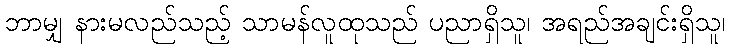
ဘာမျှ နားမလည်သည့် သာမန်လူထုသည် ပညာရှိသူ၊ အရည်အချင်းရှိသူ၊